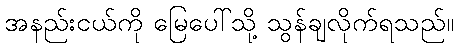
အနည်းငယ်ကို မြေပေါ်သို့ သွန်ချလိုက်ရသည်။